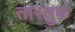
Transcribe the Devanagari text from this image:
तारतुफ